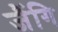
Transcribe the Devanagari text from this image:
जैंगि